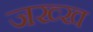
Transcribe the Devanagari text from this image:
जख्ख